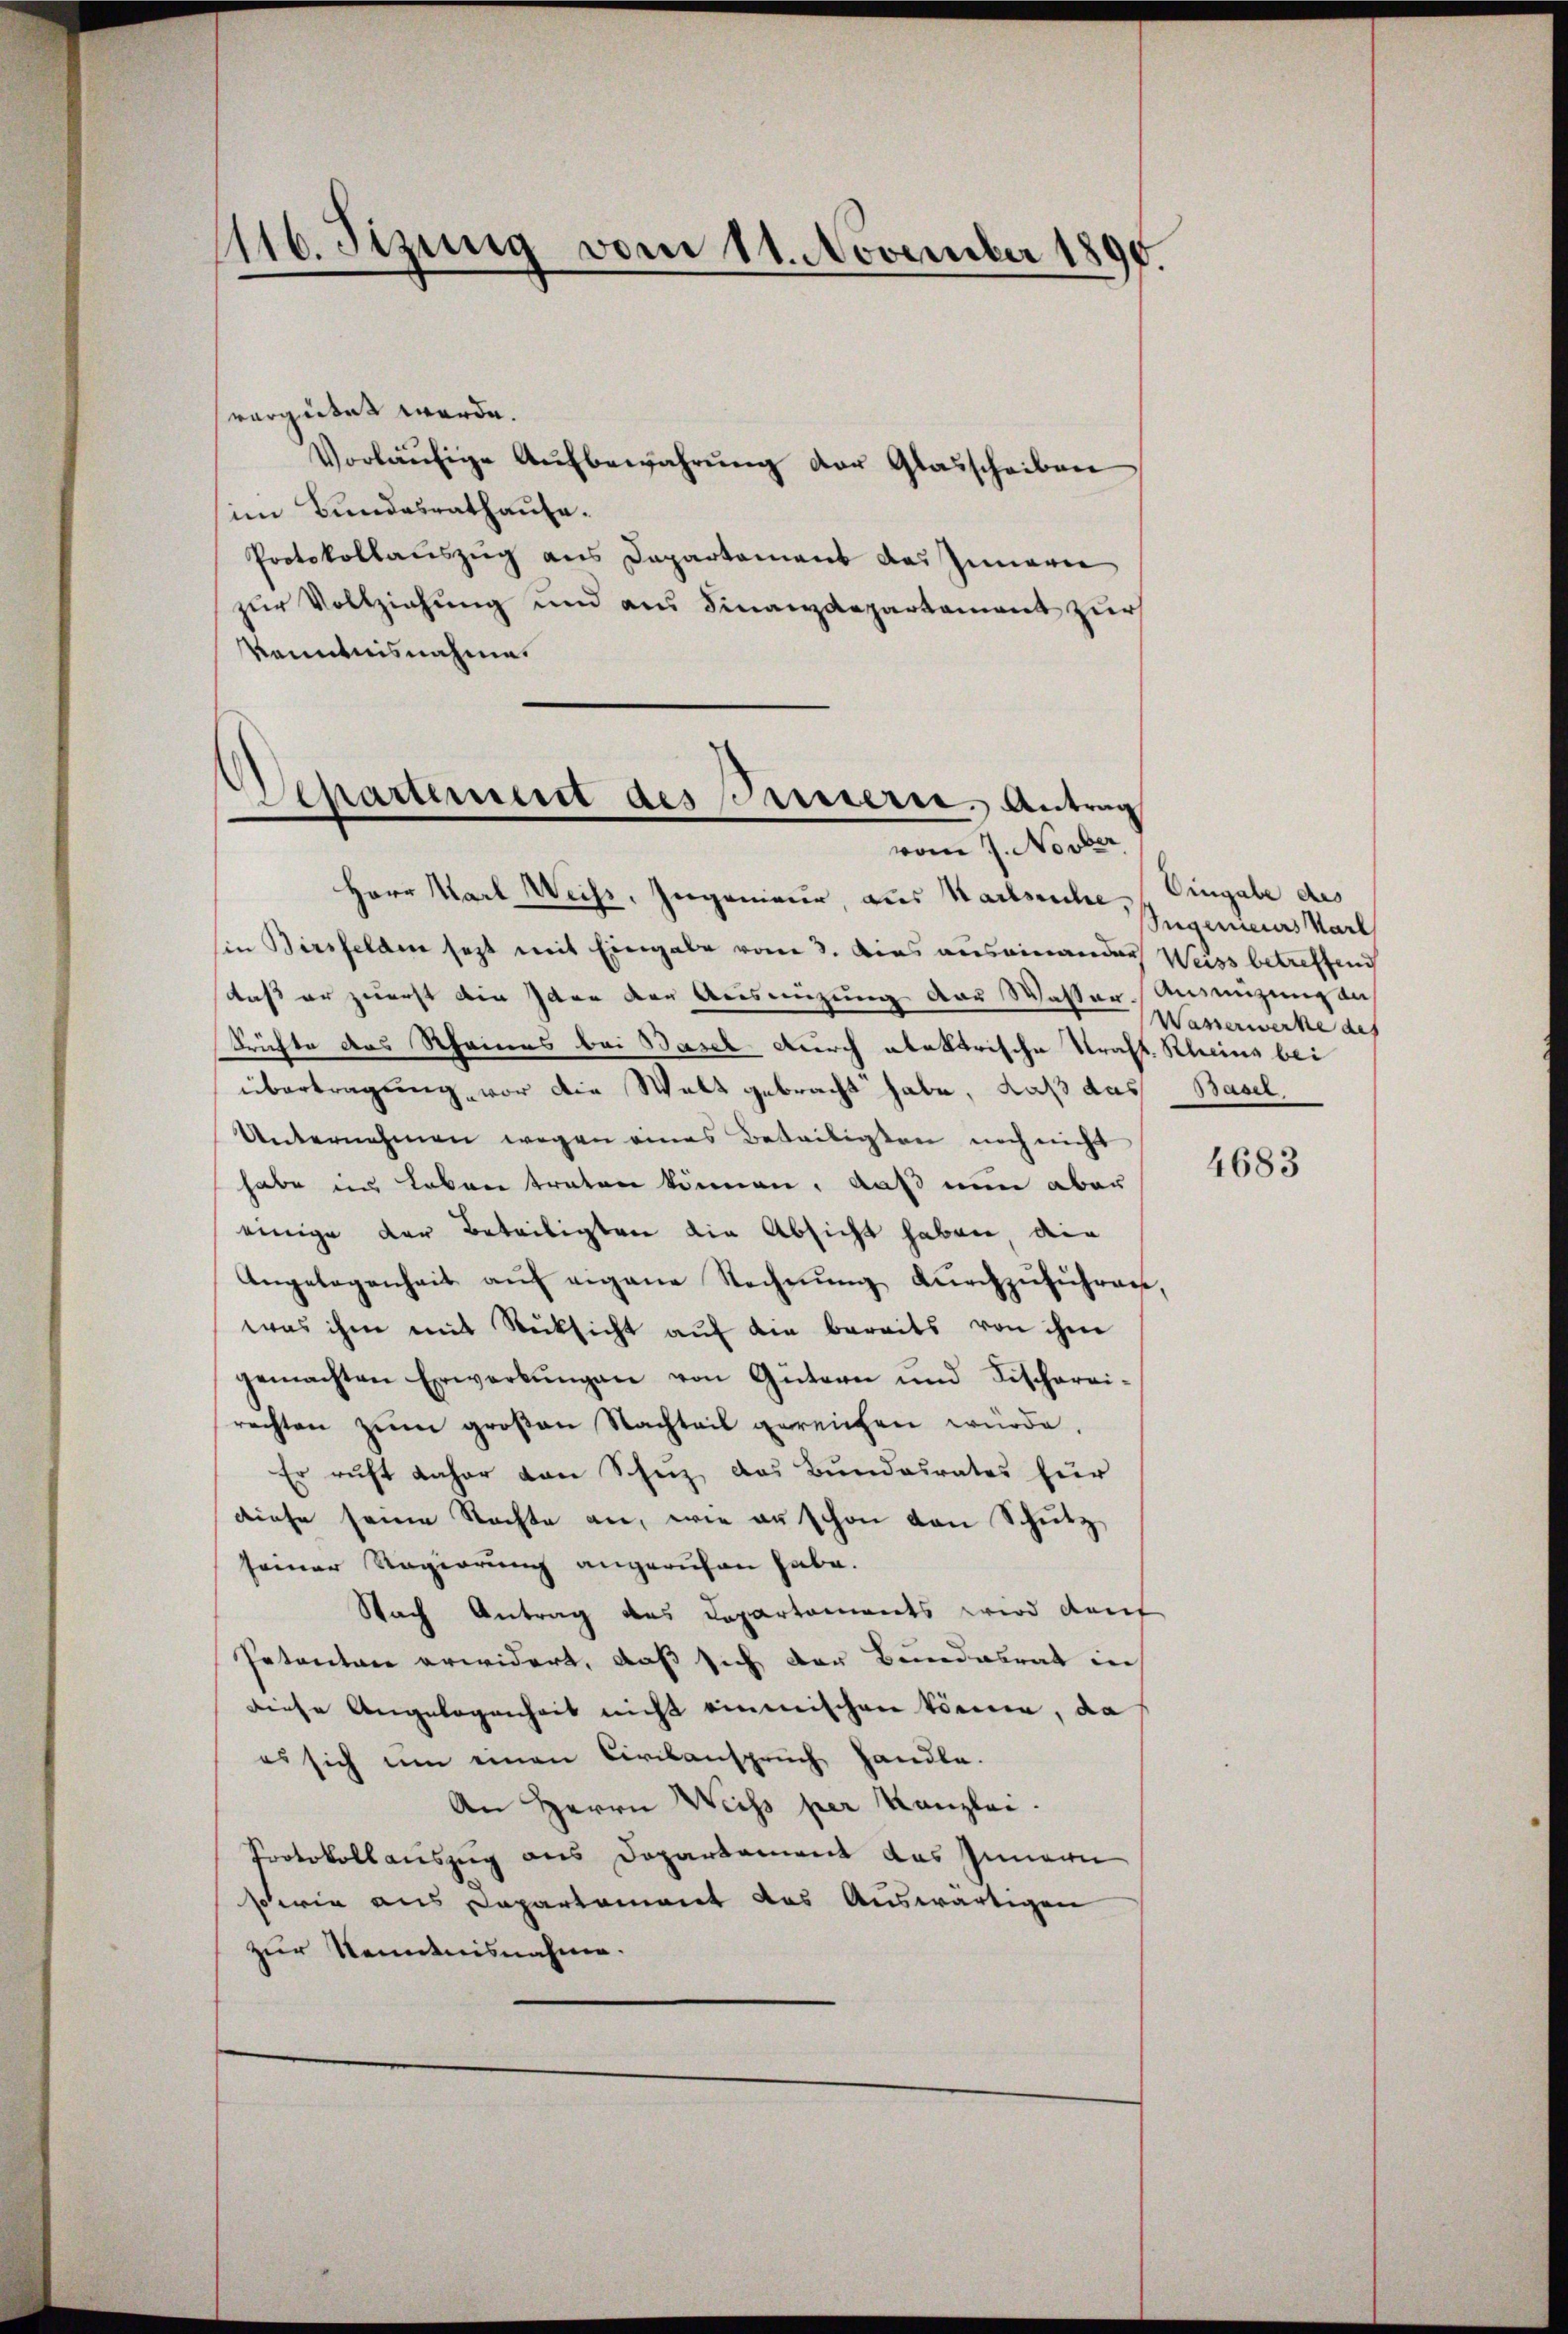
116. Sizung vom 11. November 1890.

verzeitet werde.
Vorläŭfige Aŭfbewahrŭng der Glasscheiben
im Bundesrathause.
Protokollauszug aus Departament des Innerer
zur Vollziehung und aus Finanzdepartament zur
Kenntnisnahme.

Herr Karl Weiss, Ingenieur, aus Karlsuche,
sin Birsfelden setzt mit Eingabe vom 3. Dies auseinander Weiss betreffend
daß er zuerst die Idee der Ausnüzung der Wasser Ansizung auf
Srichte des Rheines bei Basel durch elektrische Kraft. Kleins bei
übertragung, vor die Welt gebracht habe, daß das Basel
Unternehmen wegen eines Beteiligten noch nicht
habe ins Leben traten können, daß nun aber
einige der Beteiligten die Absicht haben, die
Angelegenheit aŭf eigene Rechnŭng dŭrchzŭführen,
was ihm mit Rücksicht auf die bereits von ihm
gemachten Erwerbŭngen von Gütern und Fischerei-
rechten zum großen Nachteil gereichen würde.
Er ruht daher von Schuz, das Bundesrates zur
diese seine Nachte an, wie er schon den Schutz
seiner Regierung angerufen habe.
Nach Antrag des Departaments wird darf
Petenten erwidert, daß sich der Bundesrat in
diese Angelegenheit nicht einmischen können, da
es sich um einen Civilanspruch handle.
An Herrn Weiss per Kanzlei.
Protokollauszug aus Departement das Innern
sowie aus Departement das Auswärtigen
zur Kenntnisnahme.

Departement des Pariserie. Antrag
vom 7. Novber

Eingabe des
Ingenieurs Karl
Wasserwerke des

4683